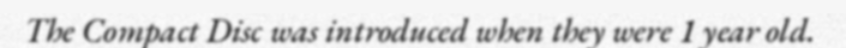
The Compact Disc was introduced when they were 1 year old.